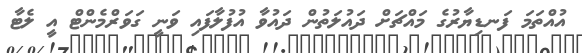
އުއްތަމަ ފަނޑިޔާރުގެ މައްޗަށް ދައުލަތުން ދައުވާ އުފުލާފައި ވަނީ ގަވަރްމެންޓް އީ ލެޓާ